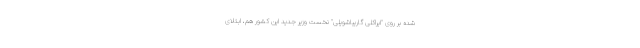
شده بر روی "ایراکلی گاریباشویلی" نخست وزیر جدید این کشور هم، ابتلای